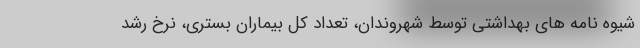
شیوه نامه های بهداشتی توسط شهروندان، تعداد کل بیماران بستری، نرخ رشد